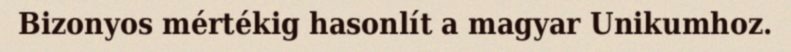
Bizonyos mértékig hasonlít a magyar Unikumhoz.